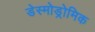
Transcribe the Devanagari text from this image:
डेस्मोड्रोमिक